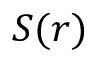
S ( r )